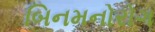
બિનમનોરોગ